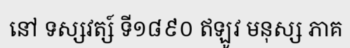
នៅ ទស្សវត្ស៍ ទី១៨៩០ ឥឡូវ មនុស្ស ភាគ